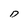
Character: D